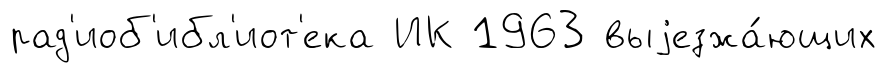
рад'иоб'ибл'иот'ека ИК 1963 выjезжа́ющих